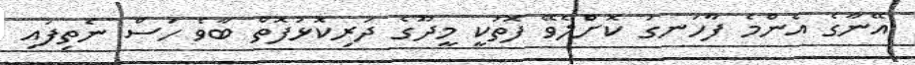
އޭނާގެ އެންމެ ފާހަނގަ ކޮށްލެވޭ ފޮތަކީ މީދޫގެ ދަރިކޮޅުފޮތް ބާވެ ހަސް ނެތިފައި